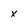
Character: X